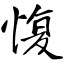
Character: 愎